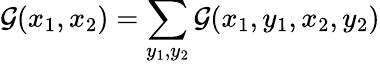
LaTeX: \mathcal{G}(x_{1},x_{2})=\sum_{y_{1},y_{2}}\mathcal{G}(x_{1},y_{1},x_{2},y_{2})